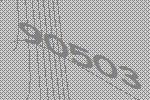
90503